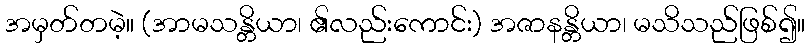
အမှတ်တမဲ့။ (အာမသန္တိယာ၊ ၏လည်းကောင်း) အဇာနန္တိယာ၊ မသိသည်ဖြစ်၍။